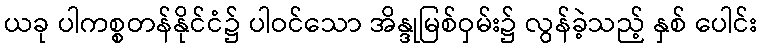
ယခု ပါကစ္စတန်နိုင်ငံ၌ ပါဝင်သော အိန္ဒုမြစ်ဝှမ်း၌ လွန်ခဲ့သည့် နှစ် ပေါင်း